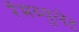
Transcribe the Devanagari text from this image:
रॅमब्युलेट